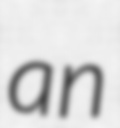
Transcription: an